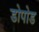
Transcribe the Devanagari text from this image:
डोपोड